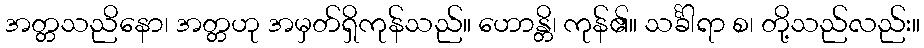
အတ္တသညိနော၊ အတ္တဟု အမှတ်ရှိကုန်သည်။ ဟောန္တိ၊ ကုန်၏။ သင်္ခါရာ စ၊ တို့သည်လည်း။